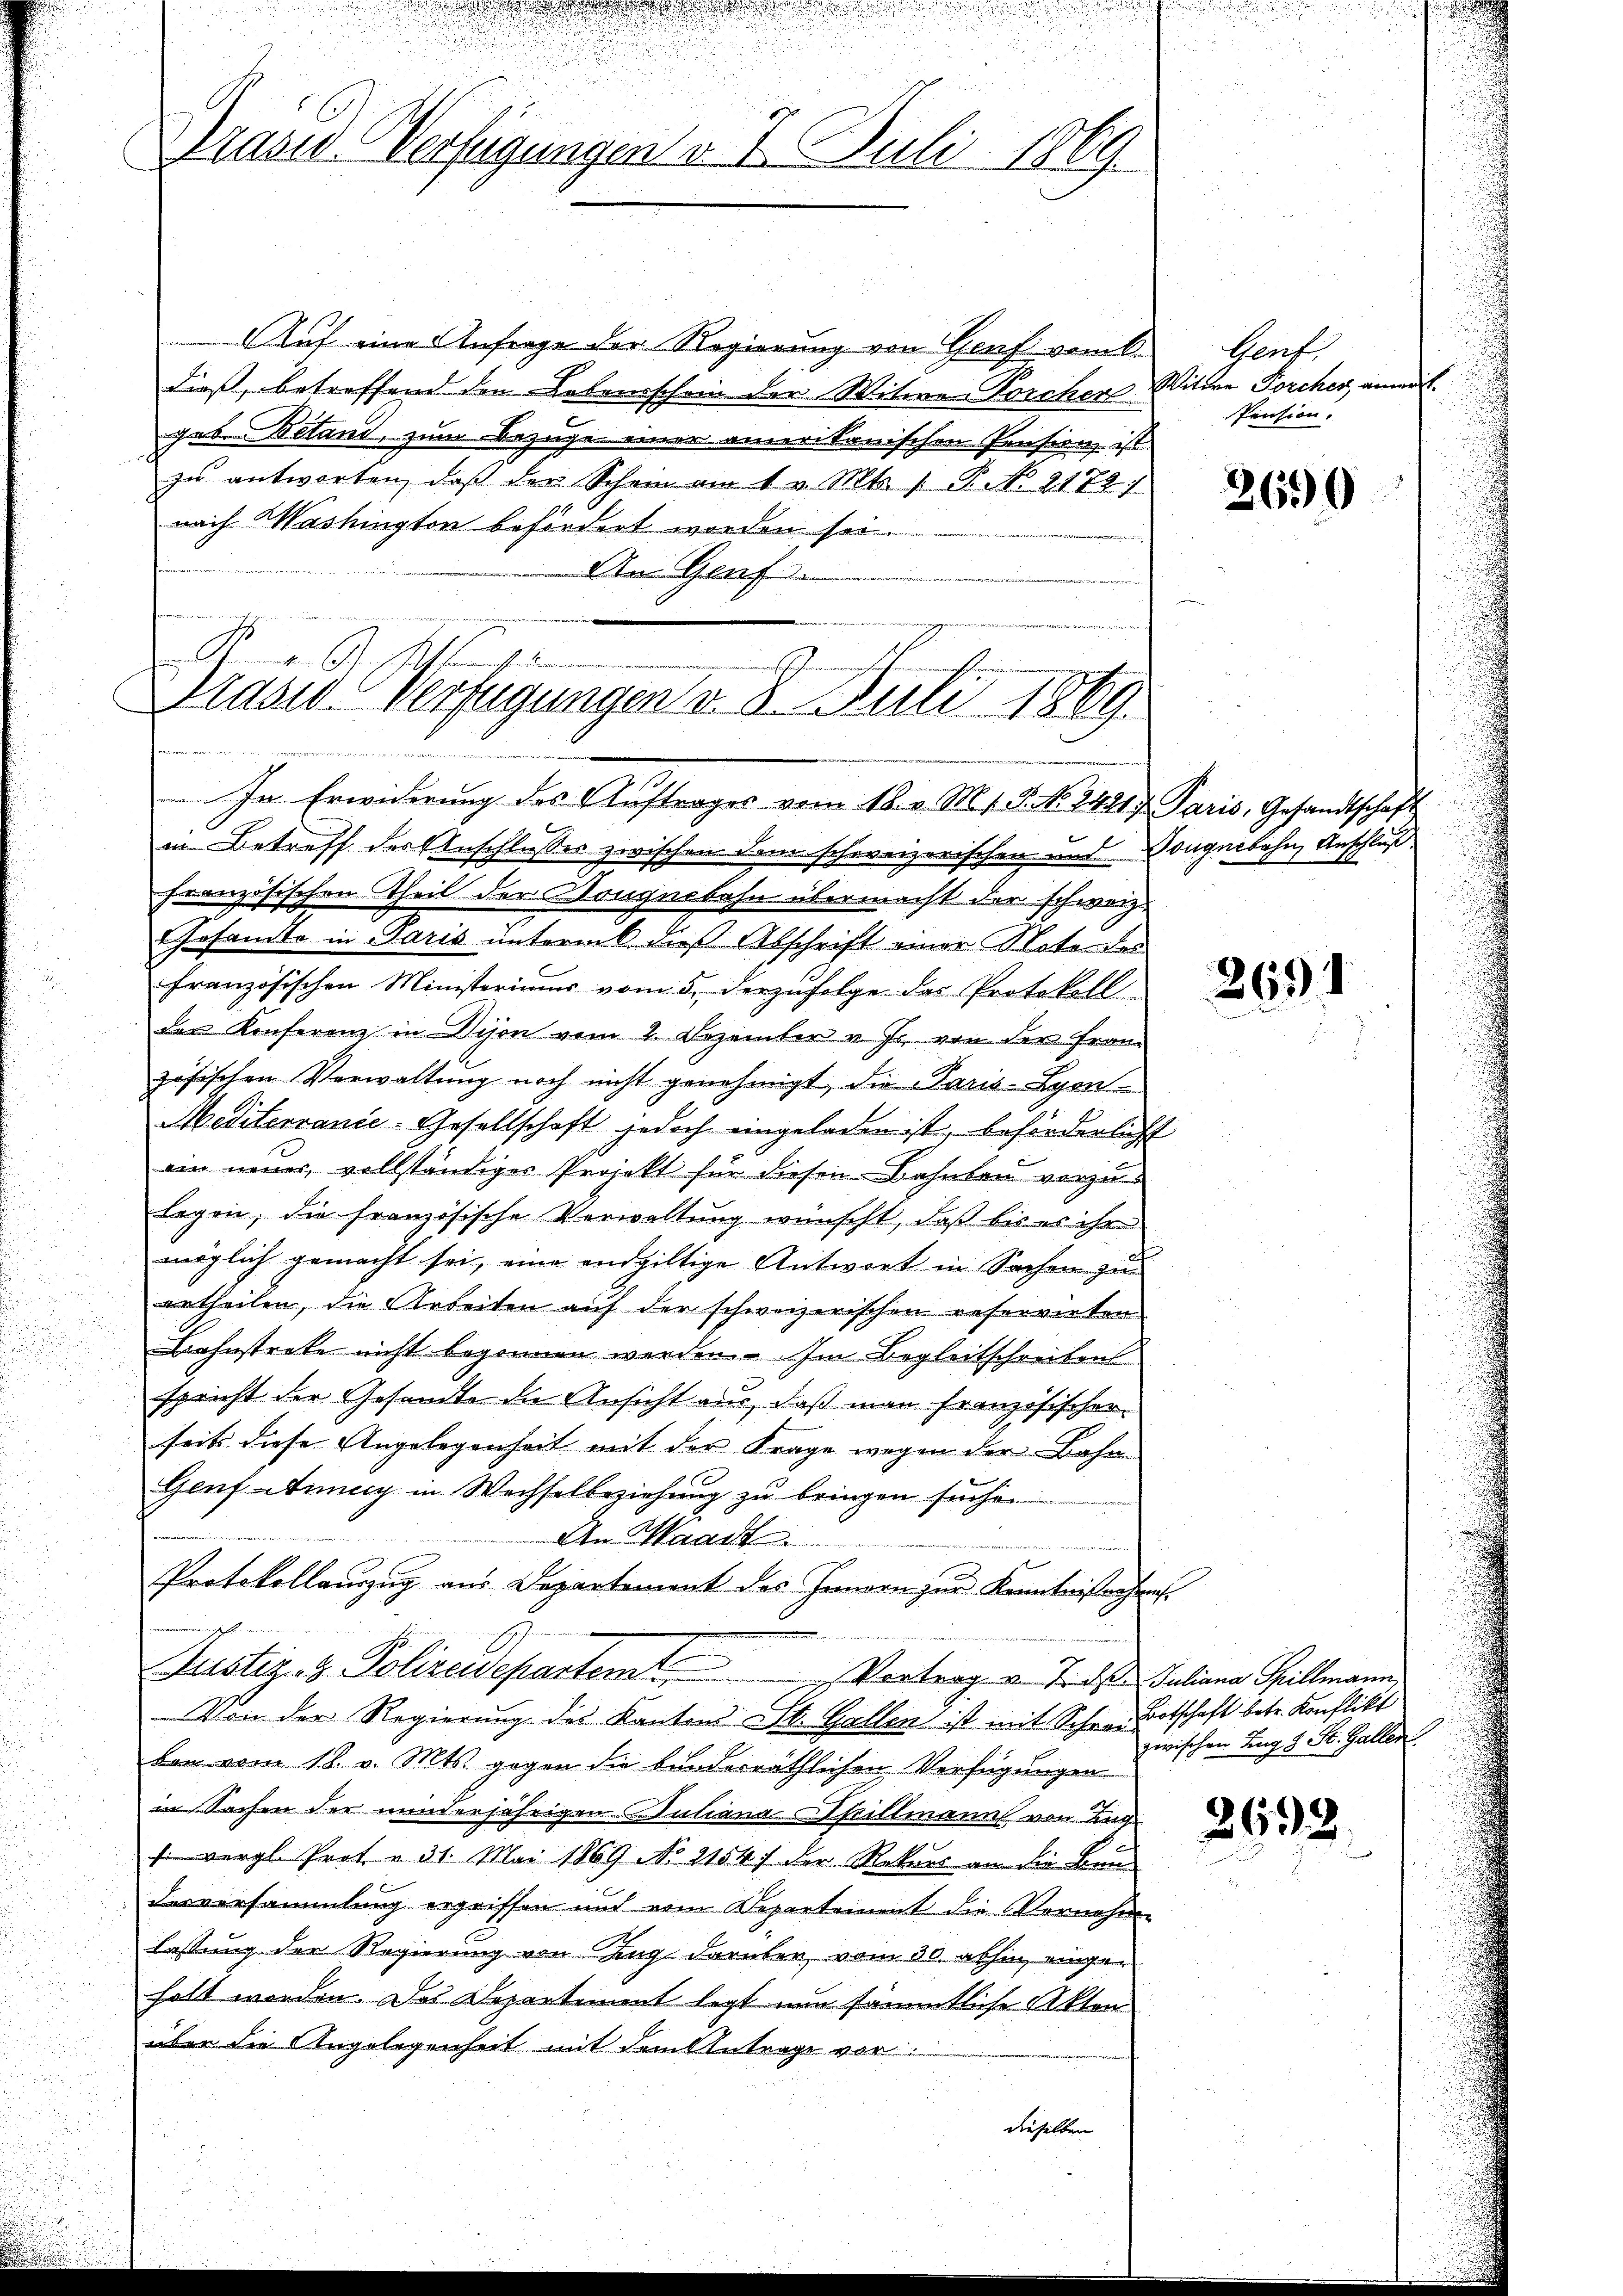
rasse
u
Dräsid. Verfügungen v. 7. Juli 1869

Prasis Verfügungen d. 8. Juli 1869

Auf eine Anfrage der Regierung von Graf vom 6.
dieß, betreffend den Lebensschein der Witwe Forcher Witwe Forcher, anne
geb. Betand, zum Bezüge einer amerikanischen Pension, ist
zu antworten, daß der Schein am 1 v. Mts. /: P. No 2178)
nach Washingten befördert worden sei.
An Genf.
e
Kegel

In Erwiderung des Auftrages vom 18. v. Mt. P. Nr. 24817 Paris, Gesandtschaft
in Betreff der Anschlusser zwischen dem schweizerischen und Dongnebahn Anschluß
französischen Theil der Dongnobahn übermacht der schweiz.
Gesamte in Paris unterm 6. dieß. Abschrift einer Nota der
französischen Ministeriums vom 5. derzufolge das Protokoll
den Konferenz in Vison vom 2. Dezember u. Js. von der Franz
zösischen Verwaltung noch nicht genehmigt, die Paris-Lyon
Mediterranie-Gesellschaft jedoch eingeladen ist, beförderlicht
ein neuer, vollständiger Projekt für diesen Bahnten vorzulegen, die französische Verwaltung wünscht, daß bis es ihr
möglich gemacht sei, eine endgültige Antwort in Sachen zu
u
urtheilen, die Arbeiten auf der schweizerischen reservirten
.
Bahnstrete nicht begonnen werden. Im Begleitschreibens
spricht der Gesandte die Ansicht aus, daß man französischen
seits diese Angelegenheit mit der Frage wegen der Bahn-
Genf annay in Wechselbeziehung zu bringen suche.
An Waadt.
Protokollauszug aus Departement des Innern zur Kenntnisnehmes
Justiz- & Polizeidepartem Vortrag v. Trost. Juliana Spillmann,
Von der Regierung des Kantons St. Gallen ist mit Schnen Botschaft betr. Konflikt
ben vom 18. v. Mts. gegen die bunderräthlichen Verfügungen
in Sachen der minderjährigen Juliana Spillmann von Ang
s vergl. Prot. v. 31. Mai 1869 No 21541 der Rekurs an die Baudesversammlung ergriffen und von Departement die Vernehme
lastung der Regierung von Zug darüber vom 30. abhin eingehalt werden. Das Departiment legt nun sämmtliche Aktenüber die Angelegenheit mit dem Antrage vor.
dieselben

Genf
Pension.

2690

1

zwischen Zug 8 St. Galler

2633.